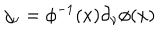
LaTeX: j _ { \nu } = \phi ^ { - 1 } ( x ) \partial _ { \nu } \phi ( x )